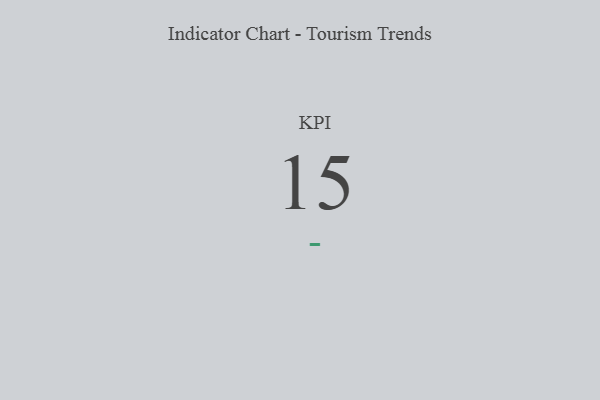
{"axis": {"x": "KPI", "y": "Value"}, "legend": [""], "data": [{"x": "KPI", "y": 15, "type": ""}]}